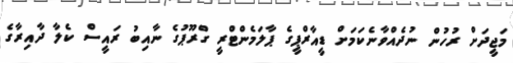
މަޖީދަށް ރުހުން ނުދެއްވާނެކަމަށް ޑީއާރްޕީގެ ޕާލަމެންޓްރީ ގްރޫޕުގެ ނާއިބު ރައީސް ކެލާ ދާއިރާގެ